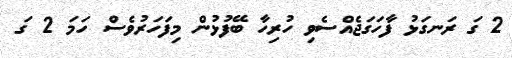
2 ގަ ރަނގަޅު ފާހަގަޖެއްސެވި ހުރިހާ ބޭފުޅުން މިފަހަރުވެސް ހަމަ 2 ގަ